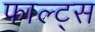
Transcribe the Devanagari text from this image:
फाल्ट्स